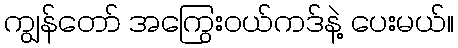
ကျွန်တော် အကြွေးဝယ်ကဒ်နဲ့ ပေးမယ်။